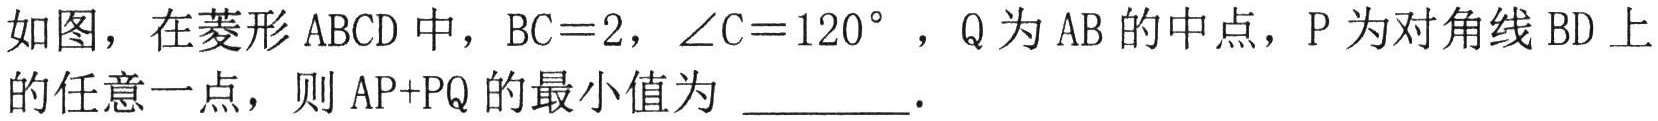
如图，在菱形 \(ABCD\) 中，\(BC = 2\)，\(\angle C = 120^{\circ}\)，\(Q\) 为 \(AB\) 的中点，\(P\) 为对角线 \(BD\) 上的任意一点，则 \(AP + PQ\) 的最小值为 \(\underline{\quad\quad}\).